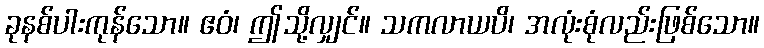
ခုနစ်ပါးကုန်သော။ ဧဝံ၊ ဤသို့လျှင်။ သကလာယပိ၊ အလုံးစုံလည်းဖြစ်သော။